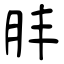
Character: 肨